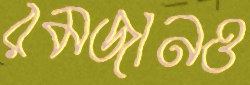
রমজানও